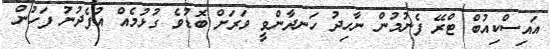
އައިސްކިއުބް ޓްރޭ ފެނުމުން ނާހިދު ހަނދާންވީ ވަރަށް ބޮޑުވެ ގުޅުމެއް އުފެދުނު ފަހުން